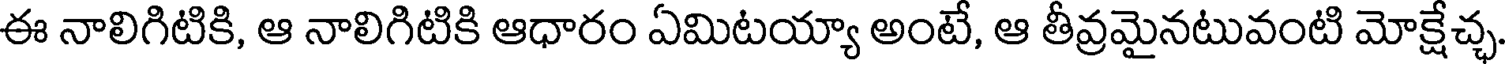
ఈ నాలిగిటికి, ఆ నాలిగిటికి ఆధారం ఏమిటయ్యా అంటే, ఆ తీవ్రమైనటువంటి మోక్షేచ్ఛ